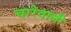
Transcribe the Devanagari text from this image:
चारेवाली